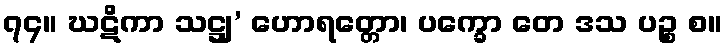
၇၄။ ဃဋိကာ သဋ္ဌျ’ ဟောရတ္တော၊ ပက္ခော တေ ဒသ ပဉ္စ စ။